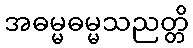
အဓမ္မဓမ္မသညတ္တိ